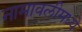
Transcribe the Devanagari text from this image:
नामावलीमध्ये